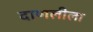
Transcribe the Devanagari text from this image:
दाणलीला